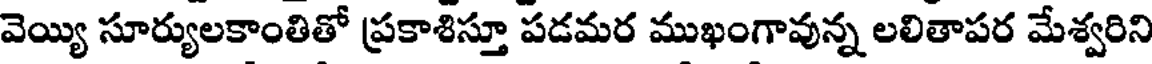
వెయ్యి సూర్యులకాంతితో ప్రకాశిస్తూ పడమర ముఖంగావున్న లలితాపర మేశ్వరిని